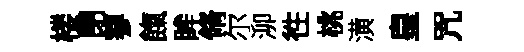
楼閉蓼餼眸脩尔泖徃桃潢皇咒